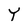
Character: Y